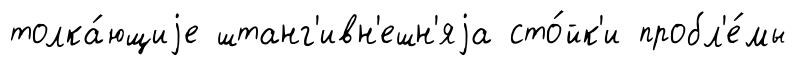
толка́ющиjе штанг'ивн'ешн'яjа сто́йк'и пробл'е́мы